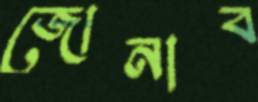
জোনাব